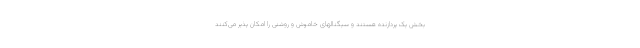
بخش یک پردازنده هستند و سیگنالهای خاموش و روشنی را امکان پذیر می‌کنند